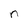
Character: n